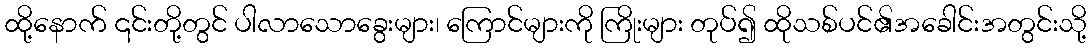
ထို့နောက် ၎င်းတို့တွင် ပါလာသောခွေးများ၊ ကြောင်များကို ကြိုးများ တုပ်၍ ထိုသစ်ပင်၏အခေါင်းအတွင်းသို့